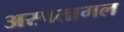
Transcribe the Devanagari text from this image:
अस्पतामल